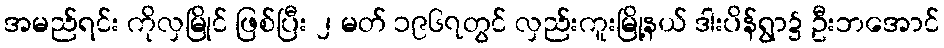
အမည်ရင်း ကိုလှမြိုင် ဖြစ်ပြီး ၂ မတ် ၁၉၆၇တွင် လှည်းကူးမြို့နယ် ဒါးပိန်ရွာ၌ ဦးဘအောင်